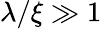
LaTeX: \lambda/\xi\gg 1